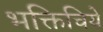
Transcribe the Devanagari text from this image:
भक्तिचिये